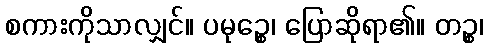
စကားကိုသာလျှင်။ ပမုဉ္စေ၊ ပြောဆိုရာ၏။ တဉ္စ၊